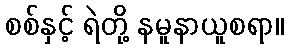
စစ်နှင့် ရဲတို့ နမူနာယူစရာ။